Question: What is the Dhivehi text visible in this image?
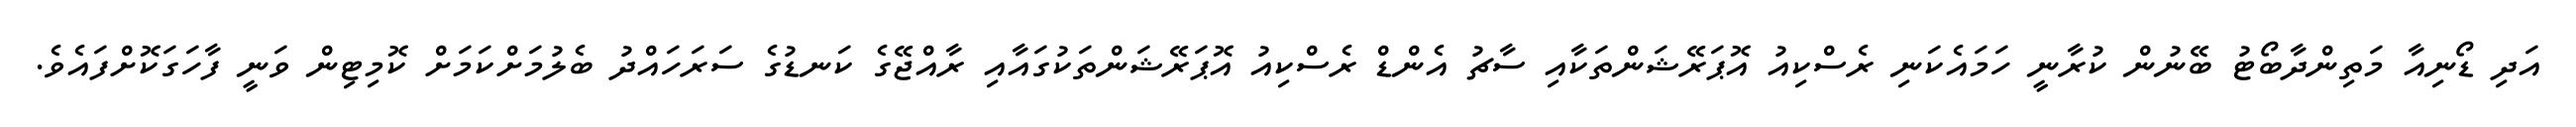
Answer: އަދި ޑޯނިއާ މަތިންދާބޯޓު ބޭނުން ކުރާނީ ހަމައެކަނި ރެސްކިއު އޮޕަރޭޝަންތަކާއި ސާޗު އެންޑް ރެސްކިއު އޮޕަރޭޝަންތަކުގައާއި ރާއްޖޭގެ ކަނޑުގެ ސަރަހައްދު ބެލުމަށްކަމަށް ކޮމިޓިން ވަނީ ފާހަގަކޮށްފައެވެ.